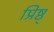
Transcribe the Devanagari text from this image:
प्रिष्ठ्